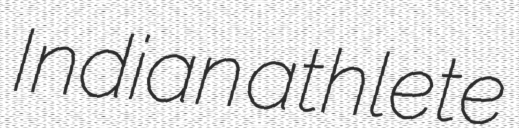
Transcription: Indian athlete